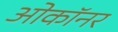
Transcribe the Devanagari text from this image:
ओकॉनर